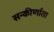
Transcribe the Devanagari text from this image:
सन्कीर्णाता